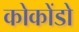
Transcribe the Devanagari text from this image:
कोकोंडो